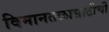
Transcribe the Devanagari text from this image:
विमानतळासाठीची